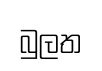
බුලත